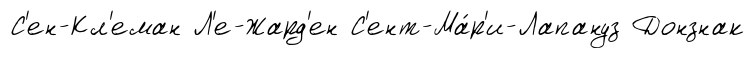
С'ен-Кл'еман Л'е-Жард'ен С'ент-Ма́р'и-Лапануз Донзнак